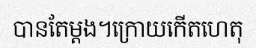
បានតែម្តង។ក្រោយកើតហេតុ